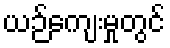
ယဉ်ကျေးမှုတွင်